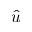
\hat { u }